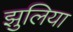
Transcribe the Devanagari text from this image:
झुलिया